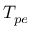
T _ { p e }